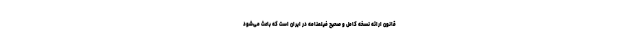
قانون ارائه نسخه کامل و صحیح فیلمنامه در ایران است که باعث می‌شود